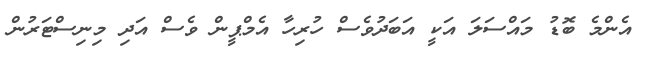
އެންމެ ބޮޑު މައްސަލަ އަކީ އަބަދުވެސް ހުރިހާ އެމްޕީން ވެސް އަދި މިނިސްޓަރުން